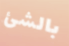
بالشئ